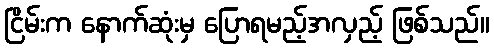
ငြိမ်းက နောက်ဆုံးမှ ပြောရမည့်အလှည့် ဖြစ်သည်။